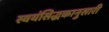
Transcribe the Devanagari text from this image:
स्वयंसिद्धकानुसारी